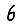
Digit: 6